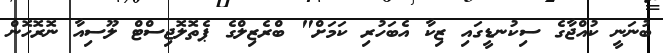
ބުނަނީ ކުއްޖާގެ ސިކުނޑީގައި ޒިކާ އެބަހުރި ކަމަށް" ބްރެޒިލްގެ ޕެތޮލޮޖިސްޓް ލޫސިއާ ނޮރޮހޮން